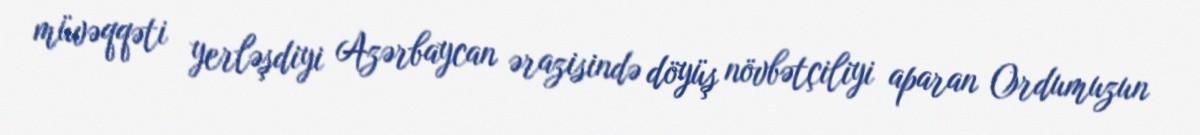
müvəqqəti yerləşdiyi Azərbaycan ərazisində döyüş növbətçiliyi aparan Ordumuzun